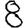
Digit: 8